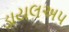
ડાયલઅપ